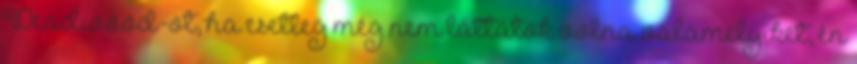
Deadwood-ot, ha esetleg még nem láttátok volna valamelyiket, én